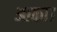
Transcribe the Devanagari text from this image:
आका।